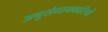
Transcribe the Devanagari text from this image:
अनुसंधानकारियों